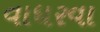
વાધરવા